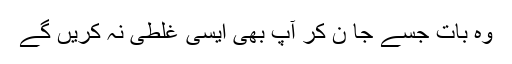
وہ بات جسے جا ن کر آپ بھی ایسی غلطی نہ کریں گے